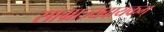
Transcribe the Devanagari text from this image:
साम्राज्यदायकम्